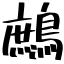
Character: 鷓